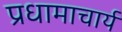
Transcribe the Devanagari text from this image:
प्रधामाचार्य